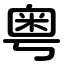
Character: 粤